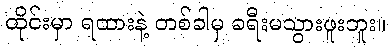
ထိုင်းမှာ ရထားနဲ့ တစ်ခါမှ ခရီးမသွားဖူးဘူး။